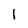
Character: 1